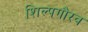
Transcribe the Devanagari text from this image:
शिल्पगौरव